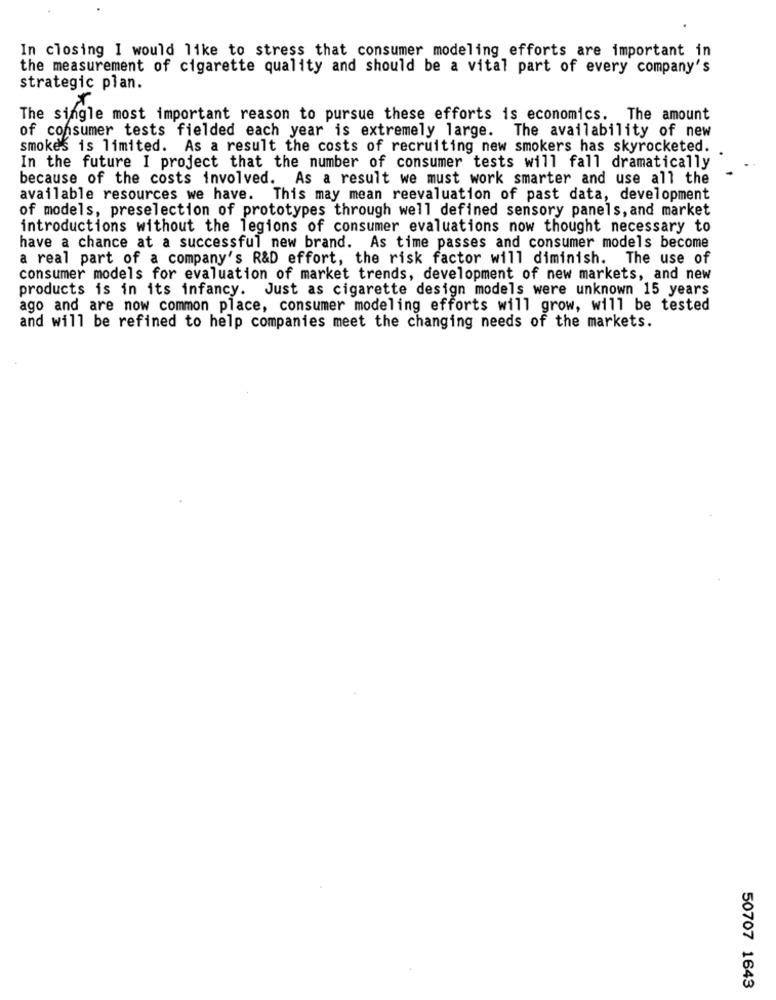
In closing I would like to stress that consumer modeling efforts are important in
the measurement of cigarette quality and should be a vital part of every company's
strategic plan.
The single most important reason to pursue these efforts is economics. The amount
of consumer tests fielded each year is extremely large. The availability of new
smokes is limited. As a result the costs of recruiting new smokers has skyrocketed.
In the future I project that the number of consumer tests will fall dramatically
because of the costs involved. As a result we must work smarter and use all the
available resources we have. This may mean reevaluation of past data, development
of models, preselection of prototypes through well defined sensory panels, and market
introductions without the legions of consumer evaluations now thought necessary to
have a chance at a successful new brand. As time passes and consumer models become
a real part of a company's R&D effort, the risk factor will diminish. The use of
consumer models for evaluation of market trends, development of new markets, and new
products is in its infancy. Just as cigarette design models were unknown 15 years
ago and are now common place, consumer modeling efforts will grow, will be tested
and will be refined to help companies meet the changing needs of the markets.
50707 1643